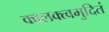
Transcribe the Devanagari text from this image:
कालक्त्वमुदितं